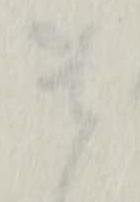
貴